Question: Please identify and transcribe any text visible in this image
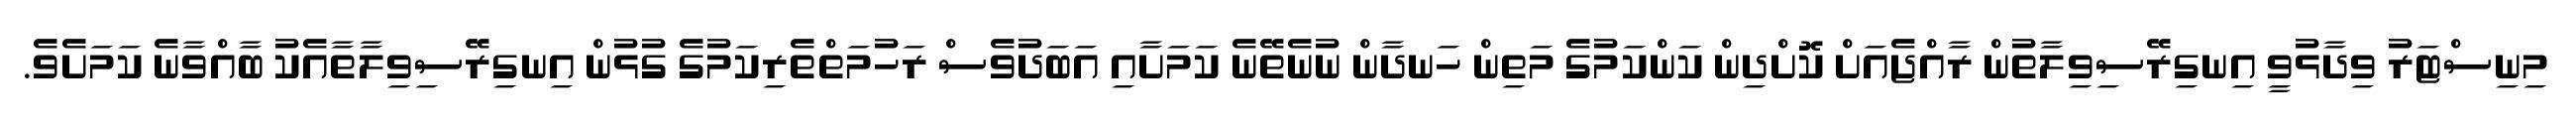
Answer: މިނިސްޓަރު ވިދާޅުވީ އިނގިރޭސިވިލާތުން ރާއްޖެއަށް ކޮށްދިން ކަންކަމުގެ މަތިން ހަނދާން ނުނެތޭނެ ކަމަށާއި އަބަދުވެސް ރަހުމަތްތެރިކަމުގެ ގުޅުން އިނގިރޭސިވިލާތާއެކު ބާއްވާނެ ކަމަށެވެ.